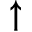
\uparrow